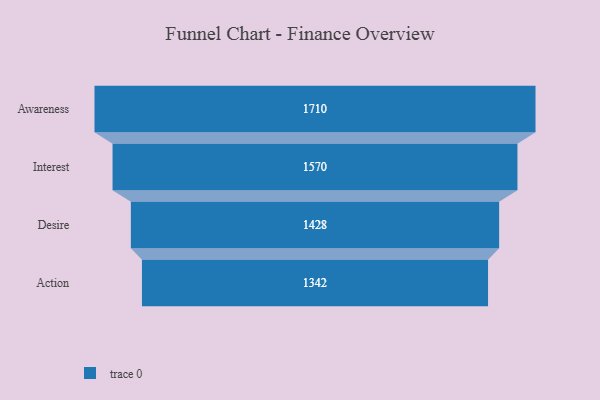
{"axis": {"x": "Stage", "y": "Value"}, "legend": [""], "data": [{"x": "Awareness", "y": 1710.0, "type": ""}, {"x": "Interest", "y": 1570.0, "type": ""}, {"x": "Desire", "y": 1428.0, "type": ""}, {"x": "Action", "y": 1342.0, "type": ""}]}